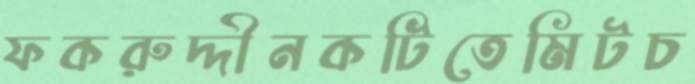
ফকরুদ্দীনকটিতেমিটচ